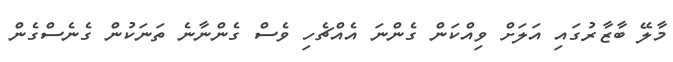
މާލޭ ބާޒާރުގައި އަލަށް ވިއްކަން ގެންނަ އެެއްޗެހި ވެސް ގެންނާނެ ތަނަކުން ގެނެސްގެން